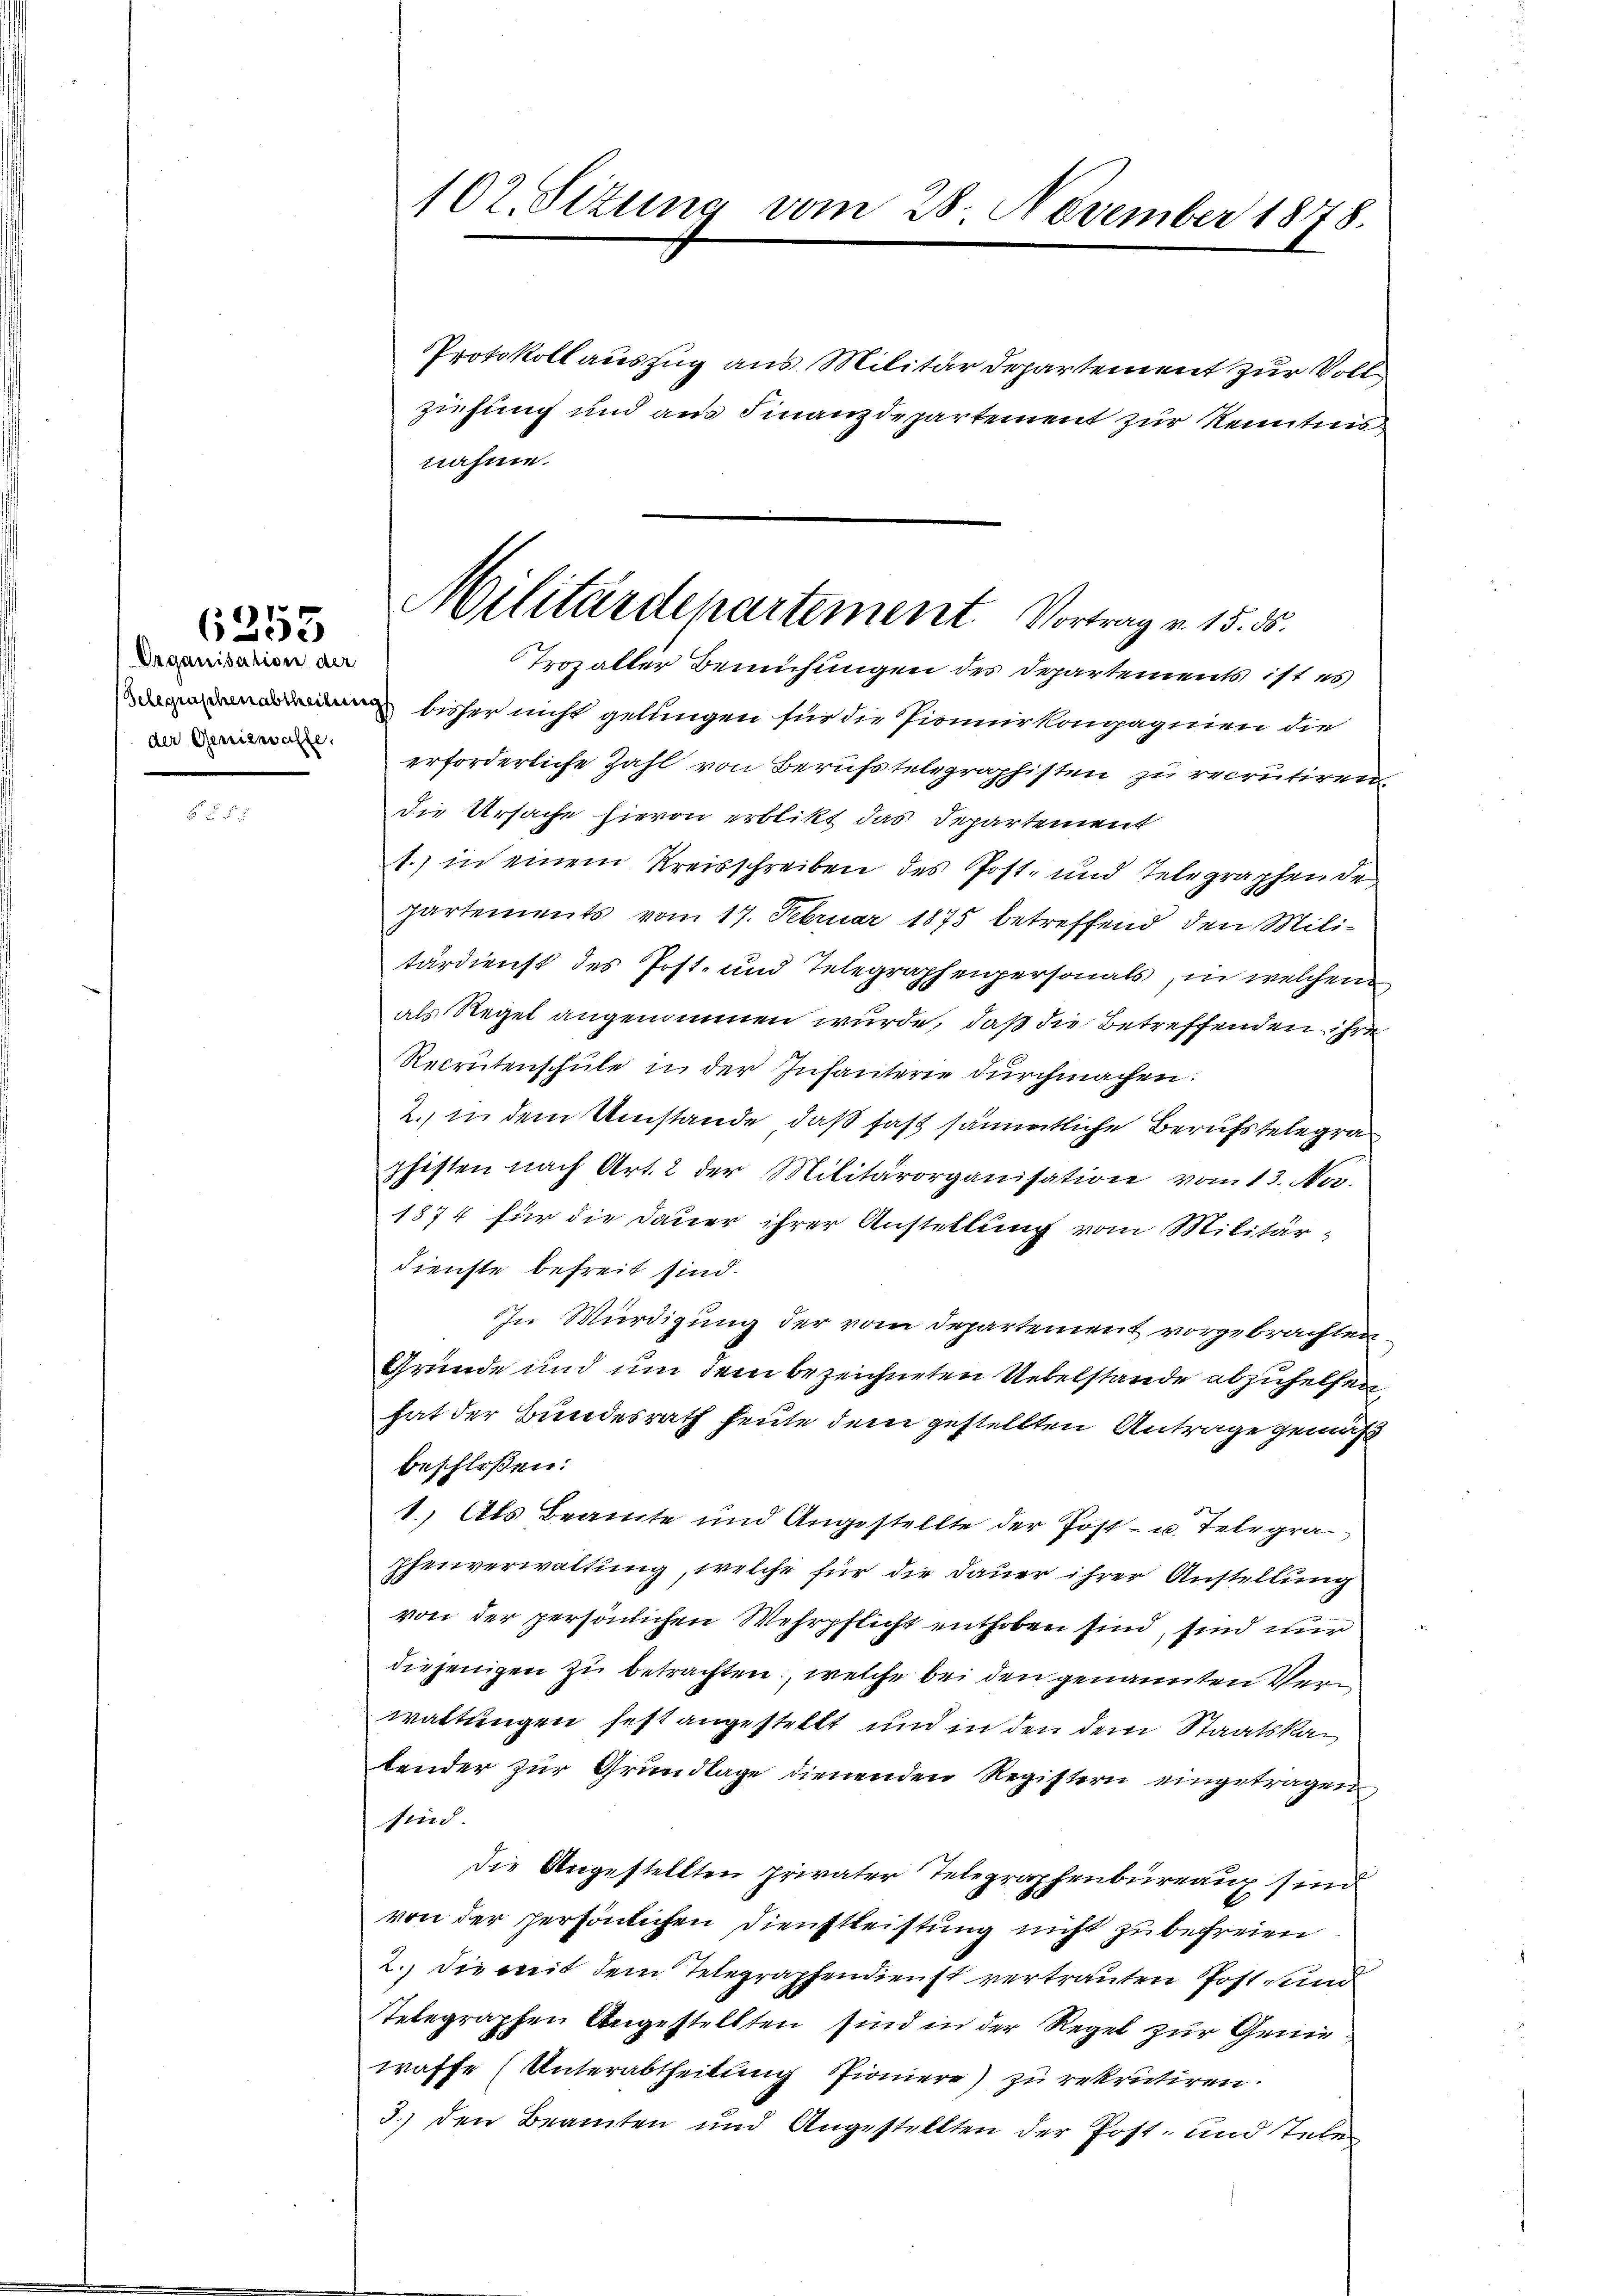
Organisation der
der Geniewalte.

6253

Protokollauszug aus Militär Departement zur Vollziehung und am Finanzdepartement zur Kenntnis
nahme.
Trozaller Bemühungen des Departements ist es
 bisher nicht gelungen für die Pionnirkonpagnien die
erforderliche Zahl von Berufstelegraphisten zu recrutiren
die Ursache hievon erblikt das Departement
1.) in einem Kreisschreiben des Post- und Telegraphende
partements vom 17. Februar 1875 betreffend den Militärdienst des Post- und Telegraphenpersonals, in welchem
als Regel angenommen wurde, daß die Betreffenden ihre
Recrutenschŭle in der Infanterie durchmachen.
2. in dem Umstände, daß faß sämmtliche Berufstelegraphisten nach Art. 2 der Militärorganisation vom 13. No.
1874 für die Dauer ihrer Anstellung vom Militär-
dienste befreit sind.
In Würdigung der vom Departement vorgebrachten
Grunde und um dem bezeichneten Uebelstande abzuhelfen,
hat der Bundesrath heute dem gestellten Antrage gemäß
beschloßen:
1. Als Beamte und Angestellte der Post- u. Telegraphenverwaltung, welche für die Dauer ihrer Anstellung
von der persönlichen Wehrpflicht enthoben sind, sind nur
diejenigen zu betrachten, welche bei den genannten Vern
waltungen fest angestellt und in den dem Staatskalender zur Grundlage dienenden Registern eingetragen
sind.
Die Angestellten Privater Telegraphenbureaux sind
von der persönlichen Dienstleistung nicht zu befreien
2.) Die mit dem Telegraphendienst vertrauten Post, und
Telegraphen Angestellten sind in der Regel zur Genie
taffe (Unterabtheilung Pioniere) zu rekrutiren.
3.) den Beamten und Angestellten der Post- und Tele

102. Sizung vom 28. November 1878.

Militärdepartement Vortrag v. 15. ds.